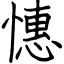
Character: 憓